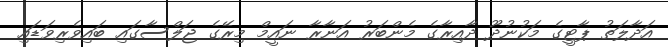
އަދާލަތު ޕާޓީގެ މަކުނުދޫ ދާއިރާގެ މެންބަރު އަނާރާ ނައީމް މިރޭގެ ޖަލްސާގައި ބައިވެރިވަޑައި